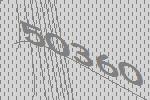
50360